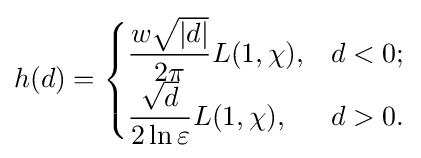
h(d)={\begin{cases}{\dfrac {w{\sqrt {|d|}}}{2\pi }}L(1,\chi ),&d<0;\\{\dfrac {\sqrt {d}}{2\ln \varepsilon }}L(1,\chi ),&d>0.\end{cases}}